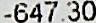
-647.30